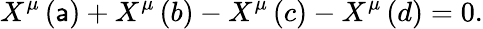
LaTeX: X^{\mu}\left(\mathsf{a}\right)+X^{\mu}\left(b\right)-X^{\mu}\left(c\right)-X^{\mu}\left(d\right)=0.